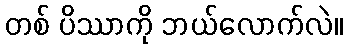
တစ် ပိဿာကို ဘယ်လောက်လဲ။